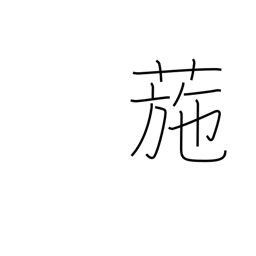
Meaning: cocklebur